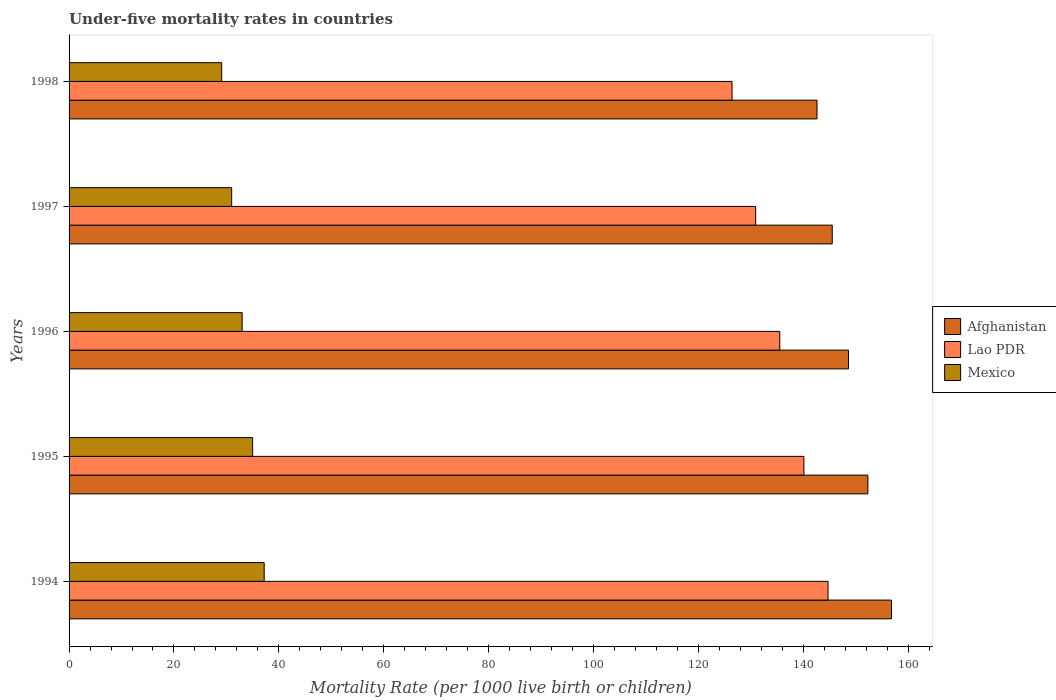
| Years | Afghanistan | Lao PDR | Mexico |
 | --- | --- | --- | --- |
 | 1994 | 157 | 145 | 37.2 |
 | 1995 | 152 | 140 | 35 |
 | 1996 | 149 | 136 | 33 |
 | 1997 | 146 | 131 | 31 |
 | 1998 | 143 | 126 | 29.1 |